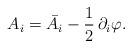
LaTeX: \begin{align*}A_i=\bar{A}_i-\frac{1}{2}\,\partial _i\varphi .\end{align*}